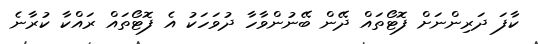
ކާފަ ދަރިންނަށް ފޮޓޯތައް ދޭން ބޭނުންވާހާ ދުވަހަކު އެ ފޮޓޯތައް ރައްކާ ކުރާނެ